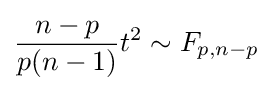
{\frac {n-p}{p(n-1)}}t^{2}\sim F_{p,n-p}